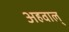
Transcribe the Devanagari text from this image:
अहवाल्